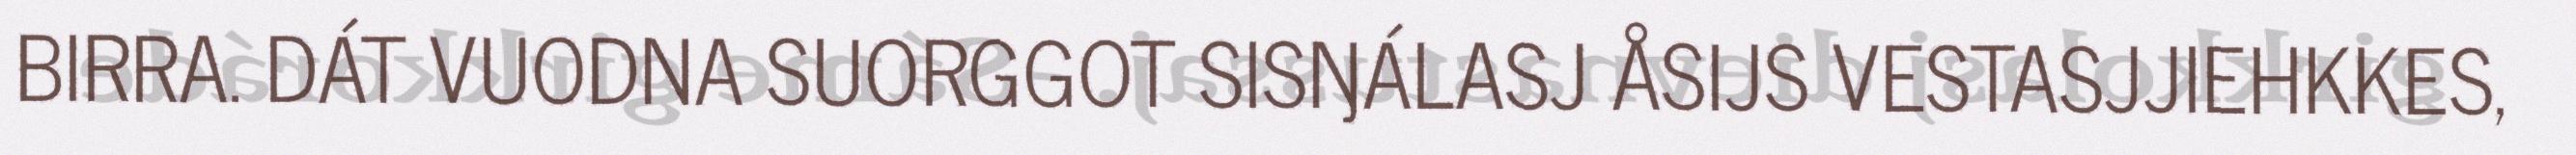
BIRRA. DÁT VUODNA SUORGGOT SISŊÁLASJ ÅSIJS VESTASJJIEHKKES,